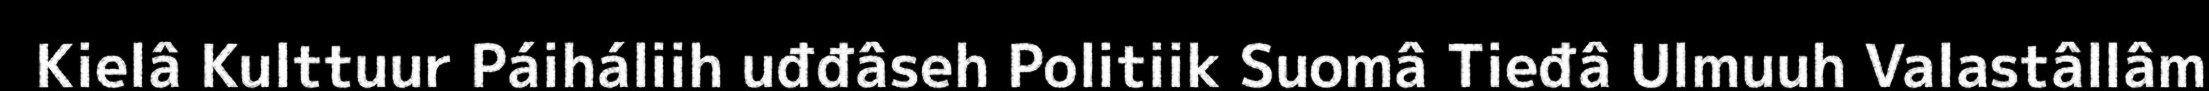
Kielâ Kulttuur Páiháliih uđđâseh Politiik Suomâ Tieđâ Ulmuuh Valastâllâm